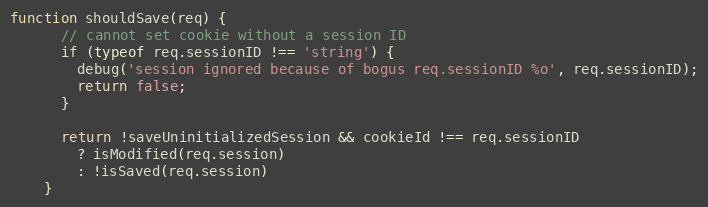
Language: JavaScript
function shouldSave(req) {
      // cannot set cookie without a session ID
      if (typeof req.sessionID !== 'string') {
        debug('session ignored because of bogus req.sessionID %o', req.sessionID);
        return false;
      }

      return !saveUninitializedSession && cookieId !== req.sessionID
        ? isModified(req.session)
        : !isSaved(req.session)
    }